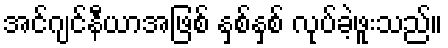
အင်ဂျင်နီယာအဖြစ် နှစ်နှစ် လုပ်ခဲ့ဖူးသည်။